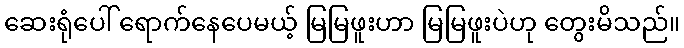
ဆေးရုံပေါ် ရောက်နေပေမယ့် မြမြဖူးဟာ မြမြဖူးပဲဟု တွေးမိသည်။